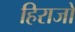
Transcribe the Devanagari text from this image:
हिराजो